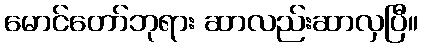
မောင်တော်ဘုရား ဆာလည်းဆာလှပြီ။